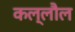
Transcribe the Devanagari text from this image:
कल्लौल